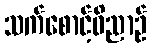
သက်စောင့်ဝိညာဉ်